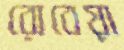
রোবেয়া